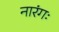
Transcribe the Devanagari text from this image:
नारंगः